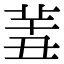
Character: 𦍟